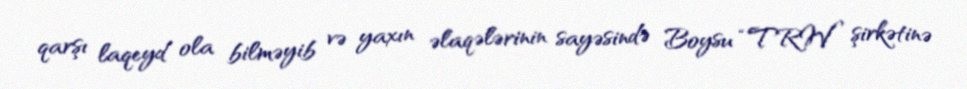
qarşı laqeyd ola bilməyib və yaxın əlaqələrinin sayəsində Boysu “TRW” şirkətinə